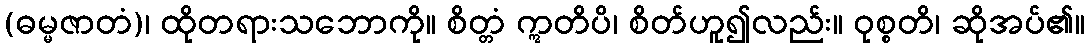
(ဓမ္မဇာတံ)၊ ထိုတရားသဘောကို။ စိတ္တံ ဣတိပိ၊ စိတ်ဟူ၍လည်း။ ဝုစ္စတိ၊ ဆိုအပ်၏။